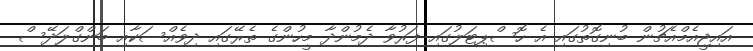
އައިޖީއެމްއެޗުން ބުނިގޮތުގައި އެ ހޮސްޕިޓަލުގައި ފަރުވާ ދެމުންދާ މީހުންގެ ތެރޭގައި ދިވެއްސަކާއި ބަންގްލަދޭސް